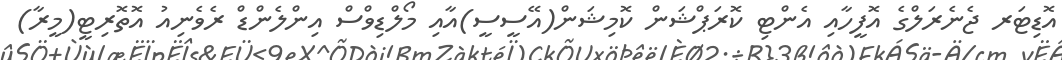
އޮޑިޓަރ ޖެނެރަލްގެ އޮފީހާއި އެންޓި ކޮރަޕްޝަން ކޮމިޝަން(އޭސީސީ)އާއި މޯލްޑިވްސް އިންލެންޑް ރެވެނިއު އޮތޮރިޓީ(މީރާ)